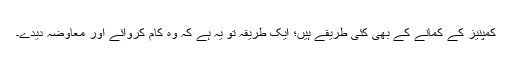
کمپنیز کے کمانے کے بھی کئی طریقے ہیں؛ ایک طریقہ تو یہ ہے کہ وہ کام کروائے اور معاوضہ دیدے۔